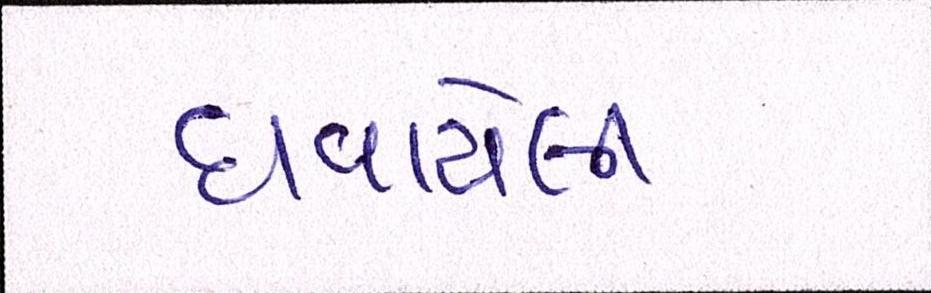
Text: ઘવાયેલી